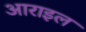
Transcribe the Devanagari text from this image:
आराइल